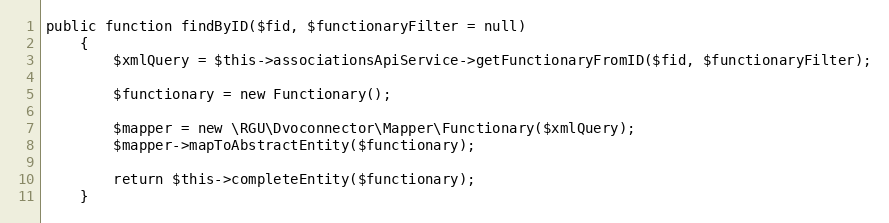
Language: PHP
public function findByID($fid, $functionaryFilter = null)
    {
        $xmlQuery = $this->associationsApiService->getFunctionaryFromID($fid, $functionaryFilter);

        $functionary = new Functionary();

        $mapper = new \RGU\Dvoconnector\Mapper\Functionary($xmlQuery);
        $mapper->mapToAbstractEntity($functionary);

        return $this->completeEntity($functionary);
    }